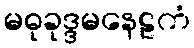
မဓုခုဒ္ဒမနေဠကံ